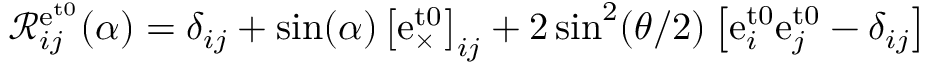
\mathcal { R } _ { i j } ^ { \mathrm { e } ^ { \mathrm { t 0 } } } ( \alpha ) = \delta _ { i j } + \sin ( \alpha ) \left[ \mathrm { e } _ { \times } ^ { \mathrm { t 0 } } \right] _ { i j } + 2 \sin ^ { 2 } ( \theta / 2 ) \left[ \mathrm { e } _ { i } ^ { \mathrm { t 0 } } \mathrm { e } _ { j } ^ { \mathrm { t 0 } } - \delta _ { i j } \right]